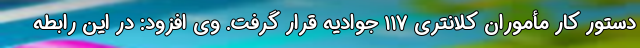
دستور کار مأموران کلانتری ۱۱۷ جوادیه قرار گرفت. وی افزود: در این رابطه